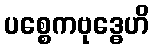
ပစ္စေကဗုဒ္ဓေဟိ